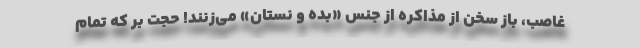
غاصب، باز سخن از مذاکره از جنس «بده و نستان» می‌زنند! حجت بر که تمام